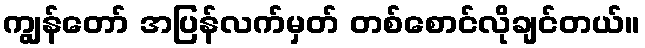
ကျွန်တော် အပြန်လက်မှတ် တစ်စောင်လိုချင်တယ်။